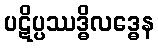
ပဋိပ္ပဿဒ္ဓိလဒ္ဓေန